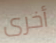
أخرى